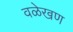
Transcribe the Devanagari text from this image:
वळेखण